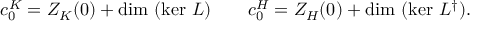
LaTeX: c _ { 0 } ^ { K } = Z _ { K } ( 0 ) + \mathrm { d i m ~ } ( \mathrm { k e r ~ } L ) \qquad c _ { 0 } ^ { H } = Z _ { H } ( 0 ) + \mathrm { d i m ~ } ( \mathrm { k e r ~ } L ^ { \dag } ) .